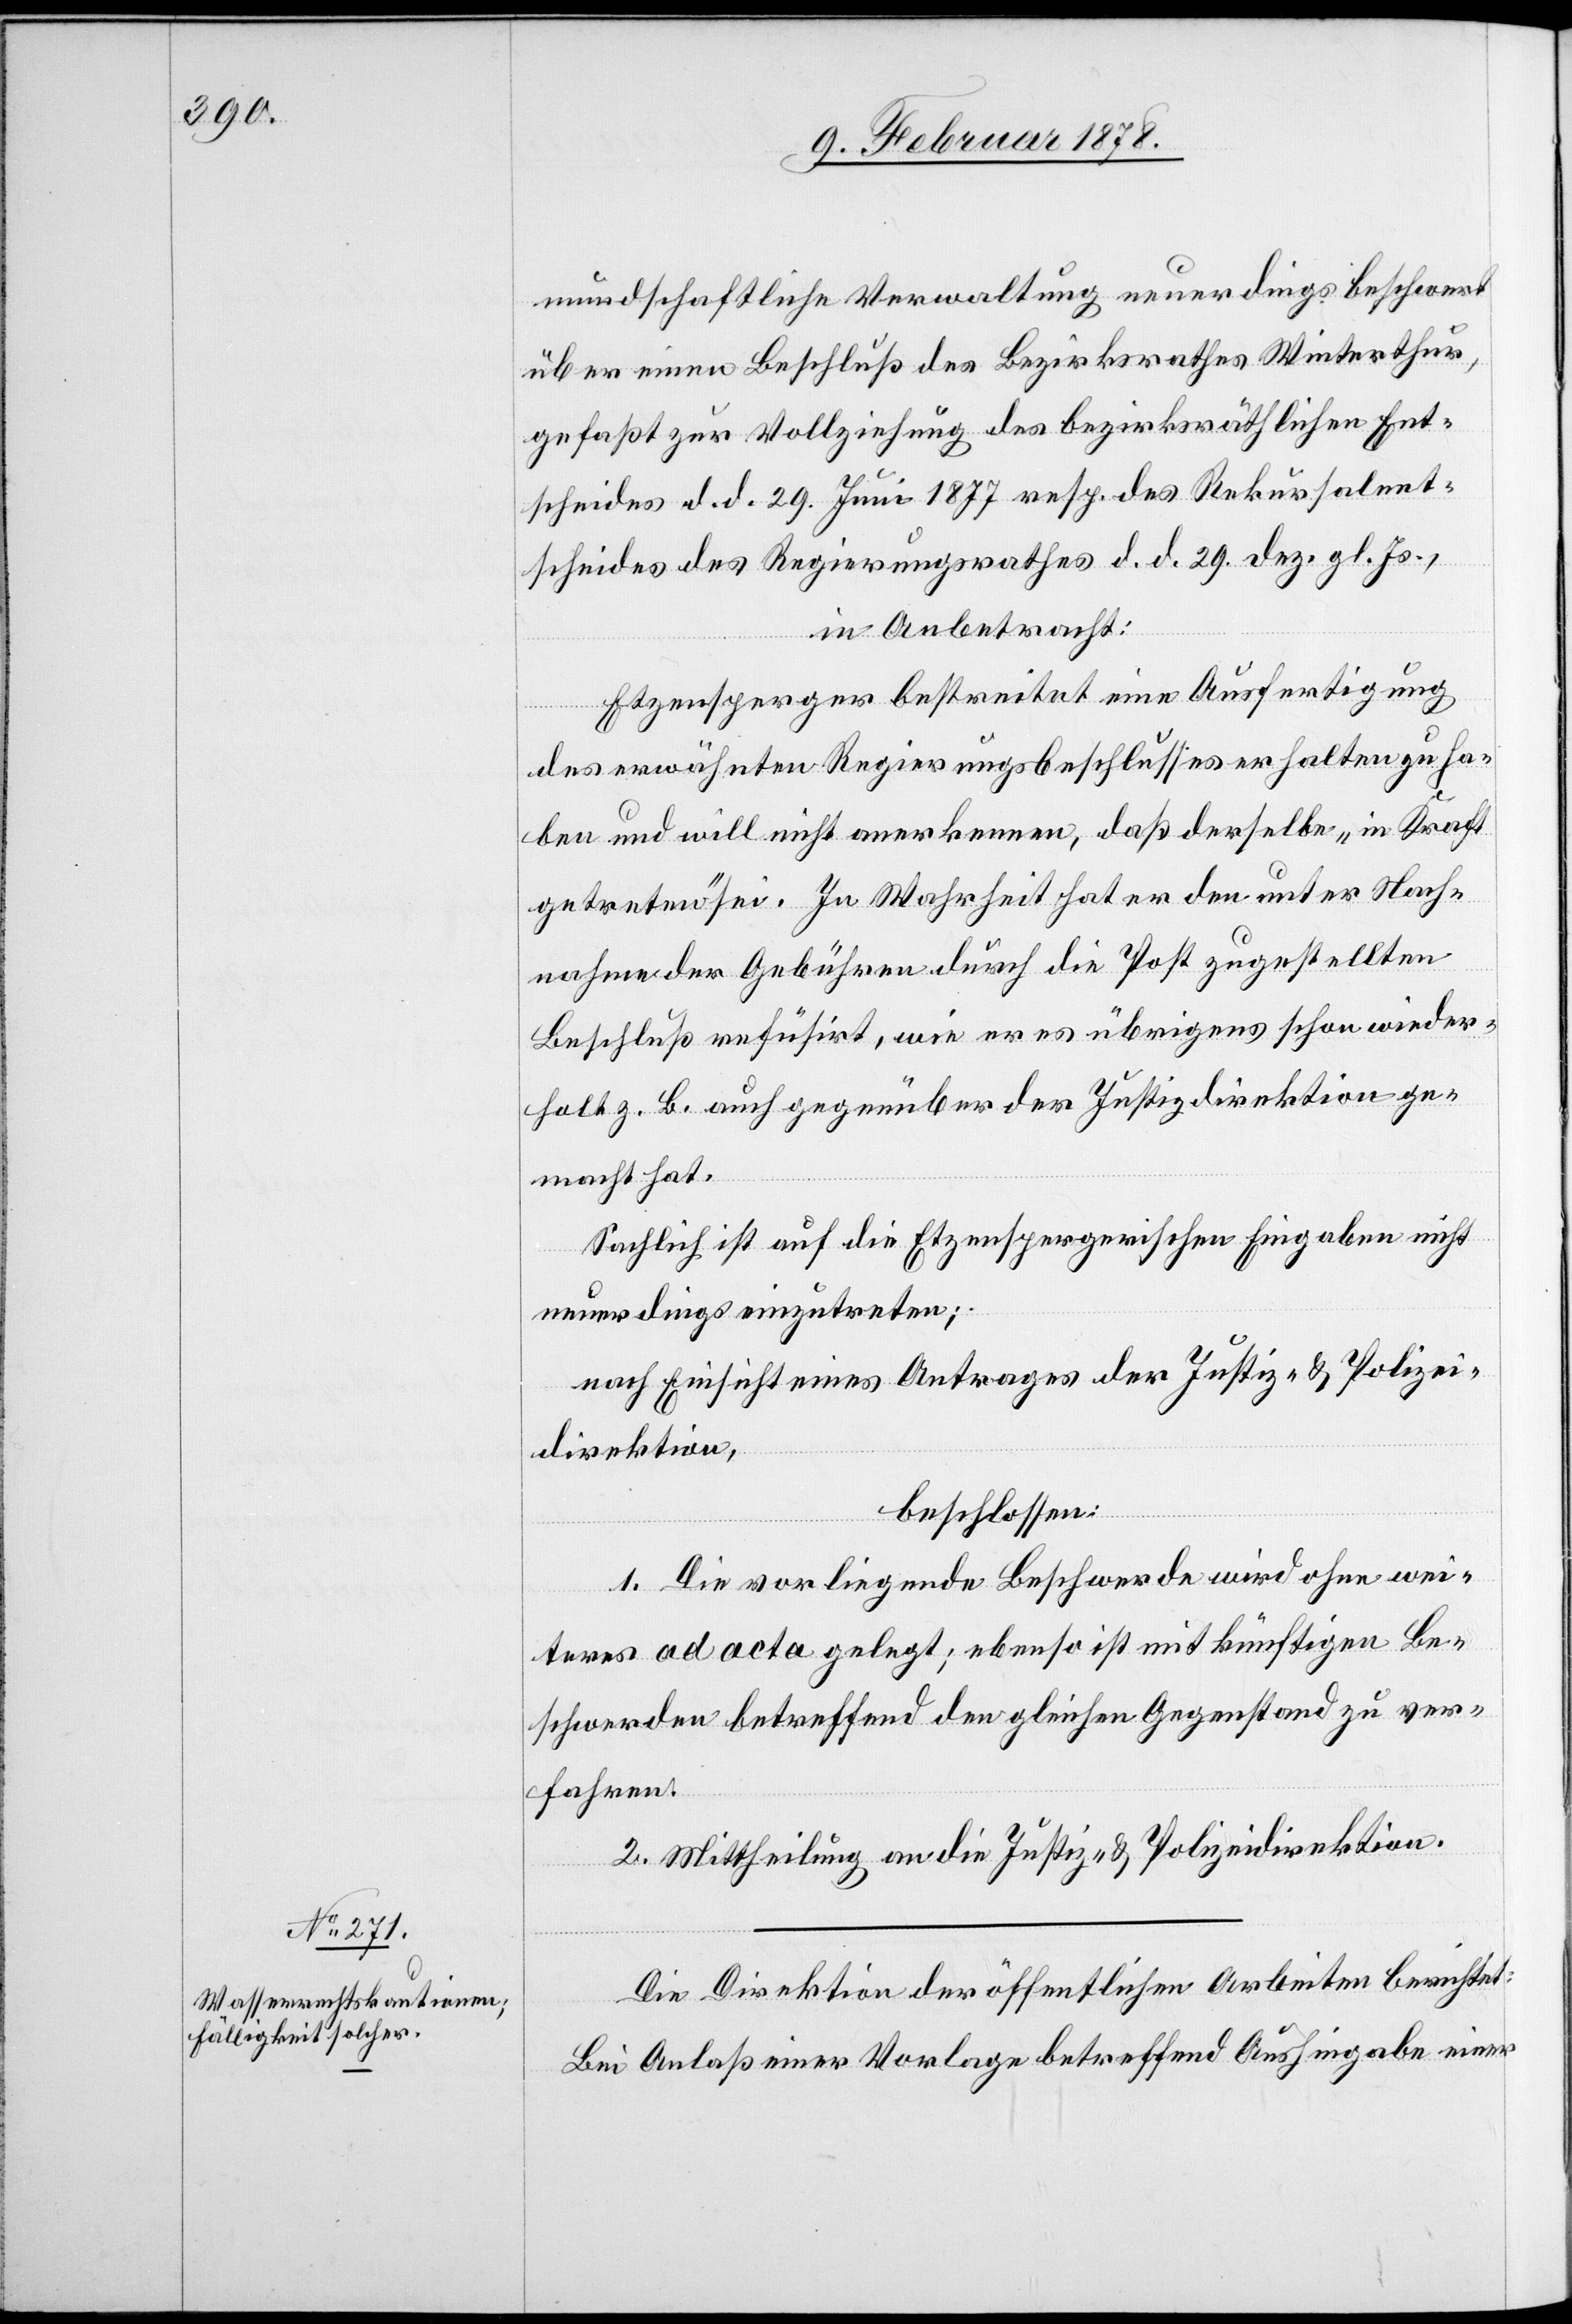
mundschaftliche Verwaltung neuerdings beschwert
über einen Beschluß des Bezirksrathes Winterthur,
gefaßt zur Vollziehung des bezirksräthlichen Ent¬
scheides d. d. 29. Juni 1877 resp. des Rekursalent¬
scheides des Regierungsrathes d. d. 29. Dez. gl. Js.,
in Anbetracht:
Etzensperger bestreitet eine Ausfertigung
des erwähnten Regierungsbeschlusses erhalten zu ha¬
ben und will nicht anerkennen, daß derselbe „in Kraft
getreten“ sei. In Wahrheit hat er den unter Nach¬
nahme der Gebühren durch die Post zugestellten
Beschluß refüsirt, wie er es übrigens schon wieder¬
holt z. B. auch gegenüber der Justizdirektion ge¬
macht hat.
Sachlich ist auf die Etzenspergerischen Eingaben nicht
neuerdings einzutreten;
nach Einsicht eines Antrages der Justiz- & Polizei¬
direktion,
beschlossen:
1. Die vorliegende Beschwerde wird ohne wei¬
teres ad acta gelegt; ebenso ist mit künftigen Be¬
schwerden betreffend den gleichen Gegenstand zu ver¬
fahren.
2. Mittheilung an die Justiz- & Polizeidirektion.
Die Direktion der öffentlichen Arbeiten berichtet:
Bei Anlaß einer Vorlage betreffend Aushingabe einer